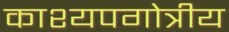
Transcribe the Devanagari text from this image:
काश्यपगोत्रीय